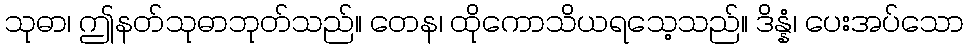
သုဓာ၊ ဤနတ်သုဓာဘုတ်သည်။ တေန၊ ထိုကောသိယရသေ့သည်။ ဒိန္နံ၊ ပေးအပ်သော